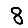
Digit: 8